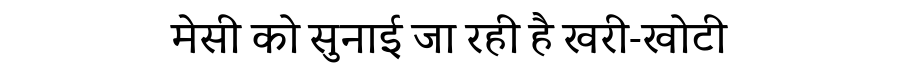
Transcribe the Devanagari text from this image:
मेसी को सुनाई जा रही है खरी-खोटी